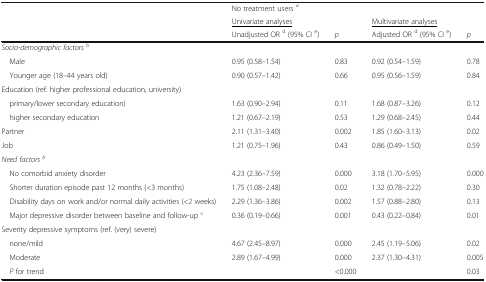
<table><thead><tr><td rowspan="3"></td><td><b>No treatment users <sup><i>a</i></sup></b></td><td></td><td></td><td></td></tr><tr><td><b><underline>Univariate analyses</underline></b></td><td></td><td><b><underline>Multivariate analyses</underline></b></td><td></td></tr><tr><td><b>Unadjusted OR <sup>d</sup> (95% CI <sup>e</sup>)</b></td><td><b><i>p</i></b></td><td><b>Adjusted OR <sup>d</sup> (95% CI <sup>e</sup>)</b></td><td><b><i>p</i></b></td></tr></thead><tbody><tr><td colspan="5"><i>Socio-demographic factors</i><sup><i>b</i></sup></td></tr><tr><td> Male</td><td>0.95 (0.58–1.54)</td><td>0.83</td><td>0.92 (0.54–1.59)</td><td>0.78</td></tr><tr><td> Younger age (18–44 years old)</td><td>0.90 (0.57–1.42)</td><td>0.66</td><td>0.95 (0.56–1.59)</td><td>0.84</td></tr><tr><td colspan="5">Education (ref. higher professional education, university)</td></tr><tr><td> primary/lower secondary education)</td><td>1.63 (0.90–2.94)</td><td>0.11</td><td>1.68 (0.87–3.26)</td><td>0.12</td></tr><tr><td> higher secondary education</td><td>1.21 (0.67–2.19)</td><td>0.53</td><td>1.29 (0.68–2.45)</td><td>0.44</td></tr><tr><td>Partner</td><td>2.11 (1.31–3.40)</td><td>0.002</td><td>1.85 (1.60–3.13)</td><td>0.02</td></tr><tr><td>Job</td><td>1.21 (0.75–1.96)</td><td>0.43</td><td>0.86 (0.49–1.50)</td><td>0.59</td></tr><tr><td colspan="5"><i>Need factors</i><sup><i>b</i></sup></td></tr><tr><td> No comorbid anxiety disorder</td><td>4.23 (2.36–7.59)</td><td>0.000</td><td>3.18 (1.70–5.95)</td><td>0.000</td></tr><tr><td> Shorter duration episode past 12 months (&lt;3 months)</td><td>1.75 (1.08–2.48)</td><td>0.02</td><td>1.32 (0.78–2.22)</td><td>0.30</td></tr><tr><td> Disability days on work and/or normal daily activities (&lt;2 weeks)</td><td>2.29 (1.36–3.86)</td><td>0.002</td><td>1.57 (0.88–2.80)</td><td>0.13</td></tr><tr><td> Major depressive disorder between baseline and follow-up <sup>c</sup></td><td>0.36 (0.19–0.66)</td><td>0.001</td><td>0.43 (0.22–0.84)</td><td>0.01</td></tr><tr><td colspan="5">Severity depressive symptoms (ref. (very) severe)</td></tr><tr><td> none/mild</td><td>4.67 (2.45–8.97)</td><td>0.000</td><td>2.45 (1.19–5.06)</td><td>0.02</td></tr><tr><td> Moderate</td><td>2.89 (1.67–4.99)</td><td>0.000</td><td>2.37 (1.30–4.31)</td><td>0.005</td></tr><tr><td> <i>P</i> for trend</td><td></td><td>&lt;0.000</td><td></td><td>0.03</td></tr></tbody></table>